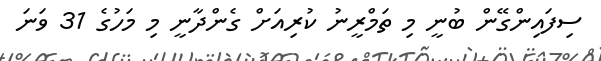
ސިފައިންގޭން ބުނީ މި ތަމްރީނު ކުރިއަށް ގެންދާނީ މި މަހުގެ 31 ވަނަ